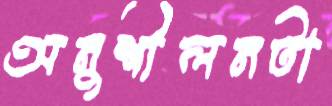
অনুশীলনটা